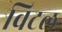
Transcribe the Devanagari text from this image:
विटल